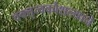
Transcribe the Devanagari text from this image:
वक्तृत्वकौशल्याने